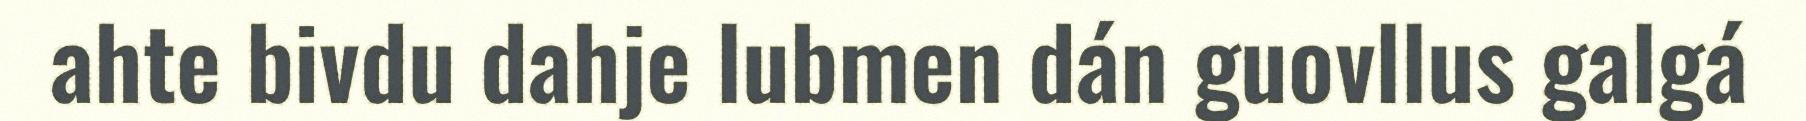
ahte bivdu dahje lubmen dán guovllus galgá